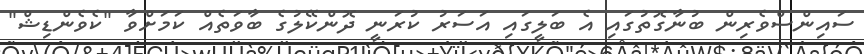
ސައިންސްވެރިން ބުނާގޮތުގައި އެ ބަލީގައި އަސަރު ކުރަނީ ދޮންކޭލުގެ ބާވަތެއް ކަމަށްވާ "ކެވެންޑިޝް"